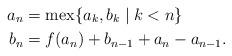
LaTeX: \begin{align*}a_n &= \operatorname{mex}\{a_k, b_k \;|\; k < n\}\\b_n &= f(a_n) + b_{n-1} + a_n - a_{n-1}.\end{align*}